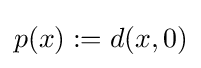
p(x):=d(x,0)